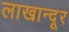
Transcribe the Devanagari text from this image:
लाखान्दूर